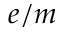
e / m